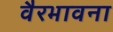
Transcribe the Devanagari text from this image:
वैरभावना